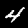
Digit: 4